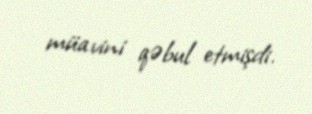
müavini qəbul etmişdi.